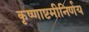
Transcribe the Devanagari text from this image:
कृष्णाष्टमीनिर्णय